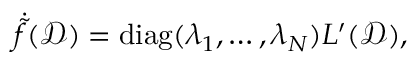
\centering \dot { \tilde { f } } ( \mathcal { D } ) = \mathrm { d i a g } ( \lambda _ { 1 } , \ldots , \lambda _ { N } ) { \cal L } ^ { \prime } ( \mathcal { D } ) ,